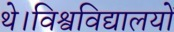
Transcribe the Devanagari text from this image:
थे।विश्वविद्यालयों